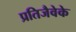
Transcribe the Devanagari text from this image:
प्रतिजैवेके